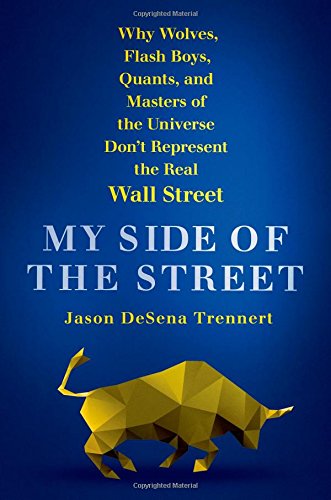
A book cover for My Side of the Street: Why Wolves, Flash Boys, Quants, and Masters of the Universe Don't Represent the Real Wall Street; Jason DeSena Trennert; Business & Money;